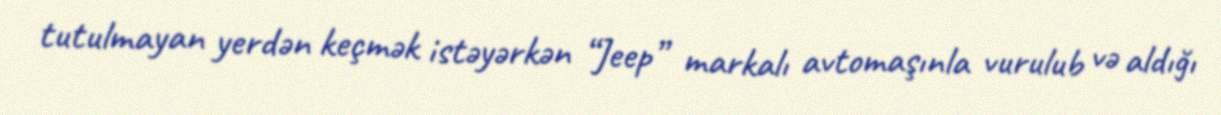
tutulmayan yerdən keçmək istəyərkən “Jeep” markalı avtomaşınla vurulub və aldığı